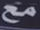
مع